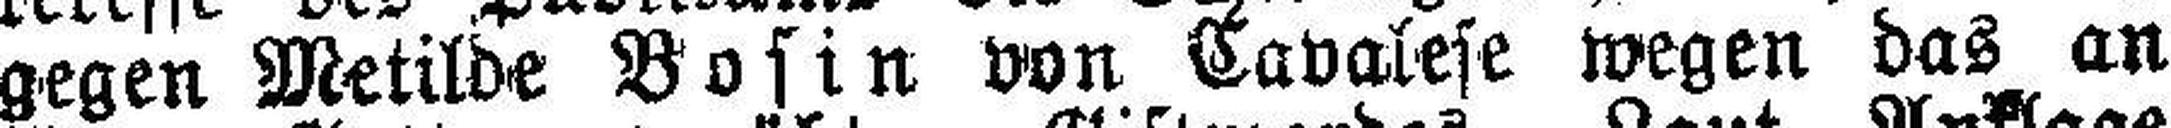
gegen Metilde Bosin von Cavalese wegen das an